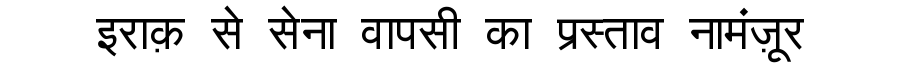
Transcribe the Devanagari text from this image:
इराक़ से सेना वापसी का प्रस्ताव नामंज़ूर